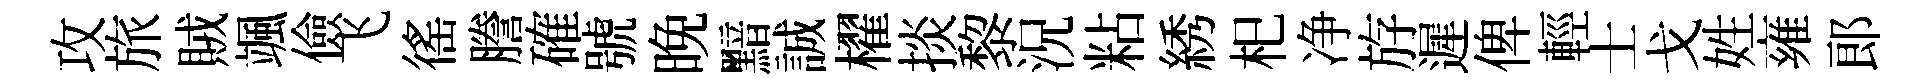
攻旅賊颯儉飞徭謄確號晩黯誠櫂掞黎況粘綉𣏌净斿遲俾輕士戈姓雍郎